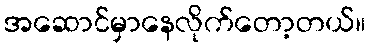
အဆောင်မှာနေလိုက်တော့တယ်။